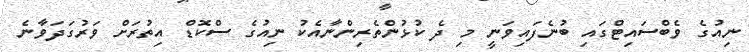
ނިއުގެ ވެބްސައިޓްގައި ބުނެފައިވަނީ މި ދެ ކުޅުންތެރިންނާއެކު ނިއުގެ ސްކޮޑް އިތުރަށް ވަރުގަދަވާނެ